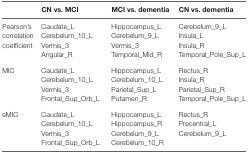
<table><thead><tr><td></td><td><b>CN vs. MCI</b></td><td><b>MCI vs. dementia</b></td><td><b>CN vs. dementia</b></td></tr></thead><tbody><tr><td rowspan="4">Pearson’s correlation coefficient</td><td>Caudate_L</td><td>Hippocampus_L</td><td>Cerebelum_9_L</td></tr><tr><td>Cerebelum_10_L</td><td>Cerebelum_9_L</td><td>Insula_L</td></tr><tr><td>Vermis_3</td><td>Vermis_3</td><td>Insula_R</td></tr><tr><td>Angular_R</td><td>Temporal_Mid_R</td><td>Temporal_Pole_Sup_L</td></tr><tr><td rowspan="4">MIC</td><td>Caudate_L</td><td>Hippocampus_L</td><td>Rectus_R</td></tr><tr><td>Cerebelum_10_L</td><td>Cerebelum_10_L</td><td>Insula_R</td></tr><tr><td>Vermis_3</td><td>Parietal_Sup_L</td><td>Parietal_Sup_R</td></tr><tr><td>Frontal_Sup_Orb_L</td><td>Putamen_R</td><td>Temporal_Pole_Sup_L</td></tr><tr><td rowspan="4">eMIC</td><td>Caudate_L</td><td>Hippocampus_L</td><td>Rectus_R</td></tr><tr><td>Cerebelum_10_L</td><td>Hippocampus_R</td><td>Precentral_L</td></tr><tr><td>Vermis_3</td><td>Cerebelum_9_L</td><td>Cerebelum_9_L</td></tr><tr><td>Frontal_Sup_Orb_L</td><td>Cerebelum_10_R</td><td></td></tr></tbody></table>